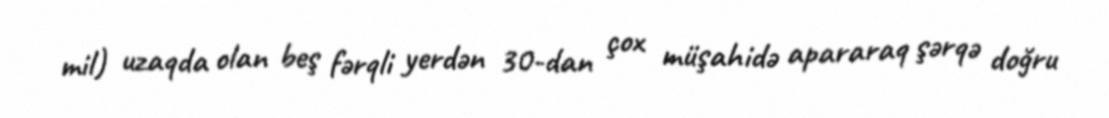
mil) uzaqda olan beş fərqli yerdən 30-dan çox müşahidə apararaq şərqə doğru